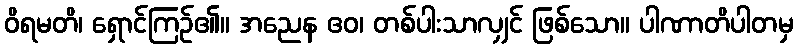
ဝိရမတိ၊ ရှောင်ကြဉ်၏။ အညေန ဧဝ၊ တစ်ပါးသာလျှင် ဖြစ်သော။ ပါဏာတိပါတမှ